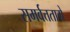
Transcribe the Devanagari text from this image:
समर्वत्तताग्रे